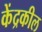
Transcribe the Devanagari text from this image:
केंद्रकील